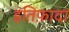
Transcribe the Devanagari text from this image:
इंतिफ़ादा